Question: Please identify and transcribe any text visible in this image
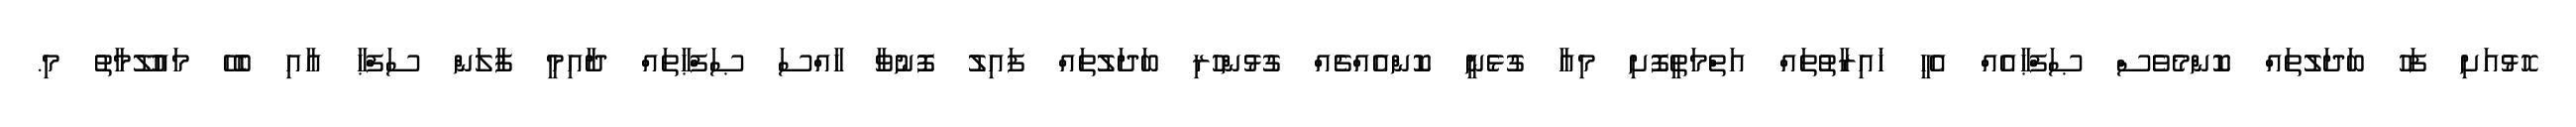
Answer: ހޮޅުއަށި ފަހު ބަދަލުތައް ކޮންމެވެސް ޞަފްޙާއެއް އެހީ ޚައިރާތުތައް އަތްމަތީފޮށި މިއާ ގުޅެނީ ކޮންއެއްޗެއް ގުޅުންހުރި ބަދަލުތައް ފައިލު ފޮނުވާ ހާއްސަ ޞަފްޙާތައް ދާއިމީ ފާލަން ސަފްޙާ އާއި ބެހޭ މައުލޫމާތު މި.